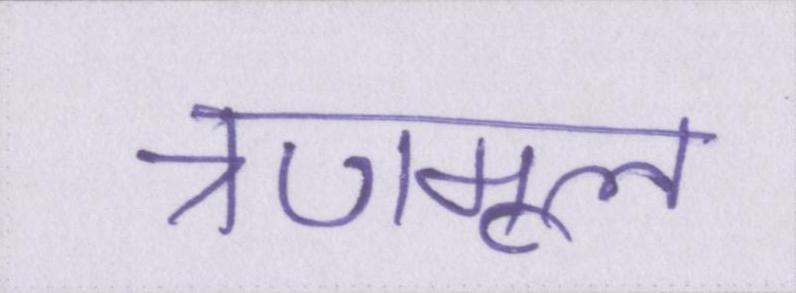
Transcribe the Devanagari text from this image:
त्रणमूल